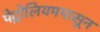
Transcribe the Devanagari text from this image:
पेट्रोलियमपासून